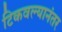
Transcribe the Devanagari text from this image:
टिकवल्यानंतर